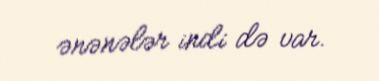
ənənələr indi də var.